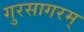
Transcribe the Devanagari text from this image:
गुरसागरम्